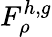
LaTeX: F_{\rho}^{h,g}